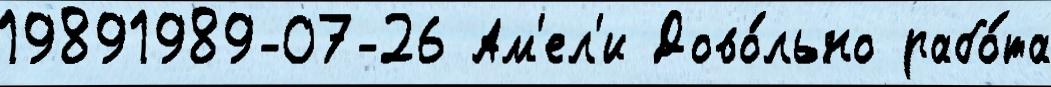
19891989-07-26 Ам'ел'и Дово́льно рабо́та